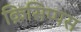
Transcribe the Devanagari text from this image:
क्रिसिप्पस